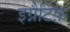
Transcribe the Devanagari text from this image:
इग्नैटिफ़